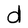
Character: d